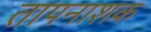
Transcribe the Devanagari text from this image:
तापनाशक